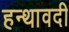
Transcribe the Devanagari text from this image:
हन्थावदी